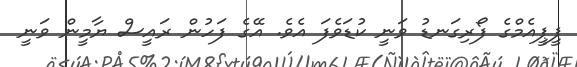
ޕީޕީއެމްގެ ފޯރިގަނޑު ވަނީ ކުޑަވެފަ އެވެ. އޭގެ ފަހުން ރައީސް ޔާމީން ވަނީ